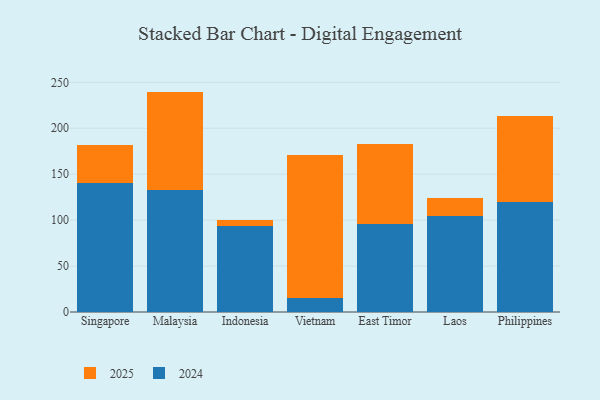
{"axis": {"x": "Country", "y": "Humidity (%)"}, "legend": ["2024", "2025"], "data": [{"x": "Singapore", "y": 140.5, "type": "2024"}, {"x": "Singapore", "y": 40.9, "type": "2025"}, {"x": "Malaysia", "y": 132.4, "type": "2024"}, {"x": "Malaysia", "y": 107.5, "type": "2025"}, {"x": "Indonesia", "y": 93.1, "type": "2024"}, {"x": "Indonesia", "y": 6.6, "type": "2025"}, {"x": "Vietnam", "y": 15.3, "type": "2024"}, {"x": "Vietnam", "y": 155.1, "type": "2025"}, {"x": "East Timor", "y": 96.2, "type": "2024"}, {"x": "East Timor", "y": 86.8, "type": "2025"}, {"x": "Laos", "y": 104.1, "type": "2024"}, {"x": "Laos", "y": 20.1, "type": "2025"}, {"x": "Philippines", "y": 119.6, "type": "2024"}, {"x": "Philippines", "y": 94.2, "type": "2025"}]}